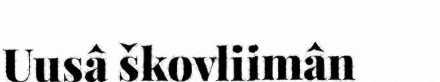
Uusâ škovliimân